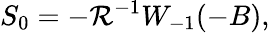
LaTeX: S_{0}=-\mathcal{R}^{-1}W_{-1}(-B),